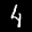
Label: 4